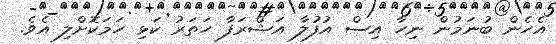
އެހެން ބުނަމުން ނިހާ އިސް އުފުލާ އަޝްރަފާ ހަތަރު ކަޅި ހަމަކޮށްލި އެވެ.